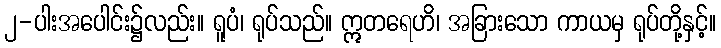
၂-ပါးအပေါင်း၌လည်း။ ရူပံ၊ ရုပ်သည်။ ဣတရေဟိ၊ အခြားသော ကာယမှ ရုပ်တို့နှင့်။